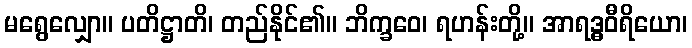
မရွေလျှော။ ပတိဋ္ဌာတိ၊ တည်နိုင်၏။ ဘိက္ခဝေ၊ ရဟန်းတို့။ အာရဒ္ဓဝီရိယော၊